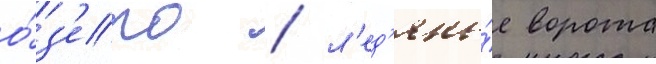
о́з'еро / л'ед'яны́е ворота